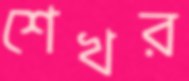
শেখর